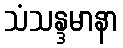
သံသန္ဒမာနာ